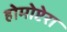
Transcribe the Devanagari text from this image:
होमोप्टेरा